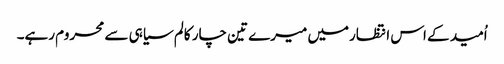
اُمید کے اس انتظارمیں میرے تین چار کالم سیاہی سے محروم رہے۔